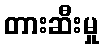
တားဆီးမှု